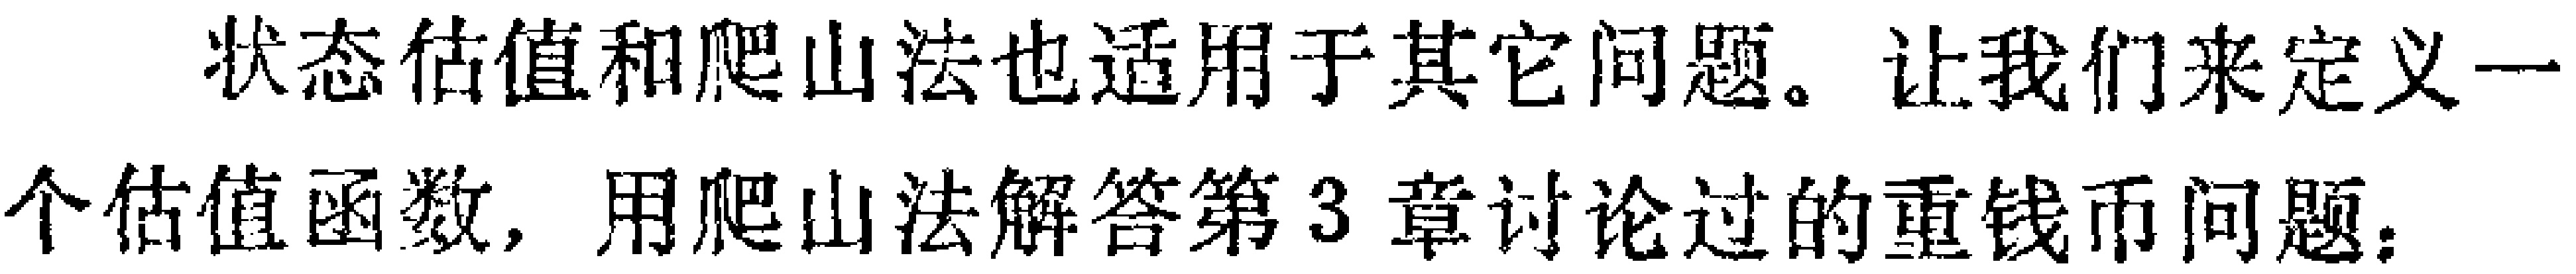
状态估值和爬山法也适用于其它问题。让我们来定义一

个估值函数, 用爬山法解答第3章讨论过的重钱币问题。